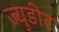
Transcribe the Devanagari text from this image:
ज्युडीट